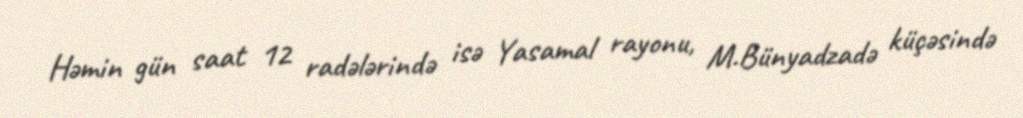
Həmin gün saat 12 radələrində isə Yasamal rayonu, M.Bünyadzadə küçəsində